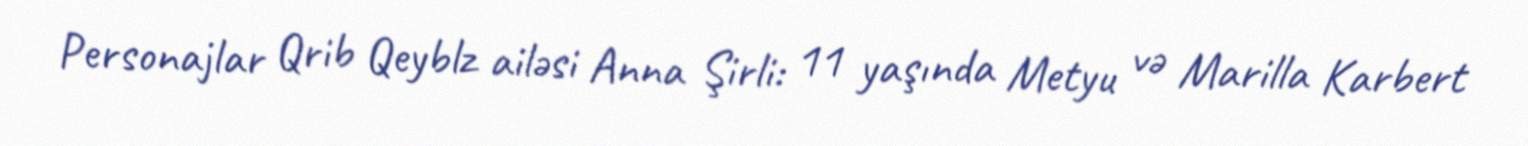
Personajlar Qrib Qeyblz ailəsi Anna Şirli: 11 yaşında Metyu və Marilla Karbert